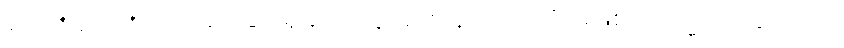
၃၁၇+ ၃၁၈+ ယုံကြည်ခြင်းရှိသောသူအား။ န ဟောတိ၊ မဖြစ်။ တသ္မာ၊ ထို့ကြောင့်။